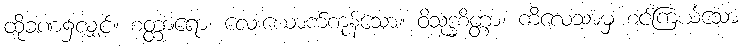
ထိုခဏ၌လျှင်။ စတ္တာရော၊ လေးယောက်ကုန်သော။ ဝိသုဒ္ဓစိတ္တာ၊ ကိလေသာမှ စင်ကြယ်သော